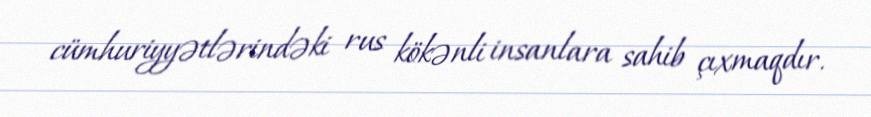
cümhuriyyətlərindəki rus kökənli insanlara sahib çıxmaqdır.